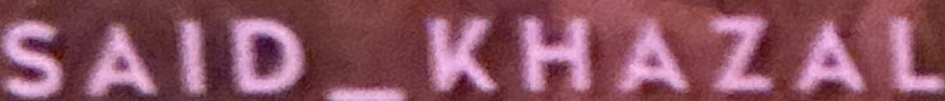
SAID_KHAZAL